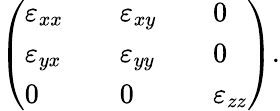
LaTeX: \begin{array}{r}{\left(\begin{array}{lllll}{\varepsilon_{xx}}&{}&{\varepsilon_{xy}}&{}&{0}\\ {\varepsilon_{yx}}&{}&{\varepsilon_{yy}}&{}&{0}\\ {0}&{}&{0}&{}&{\varepsilon_{zz}}\end{array}\right).}\end{array}